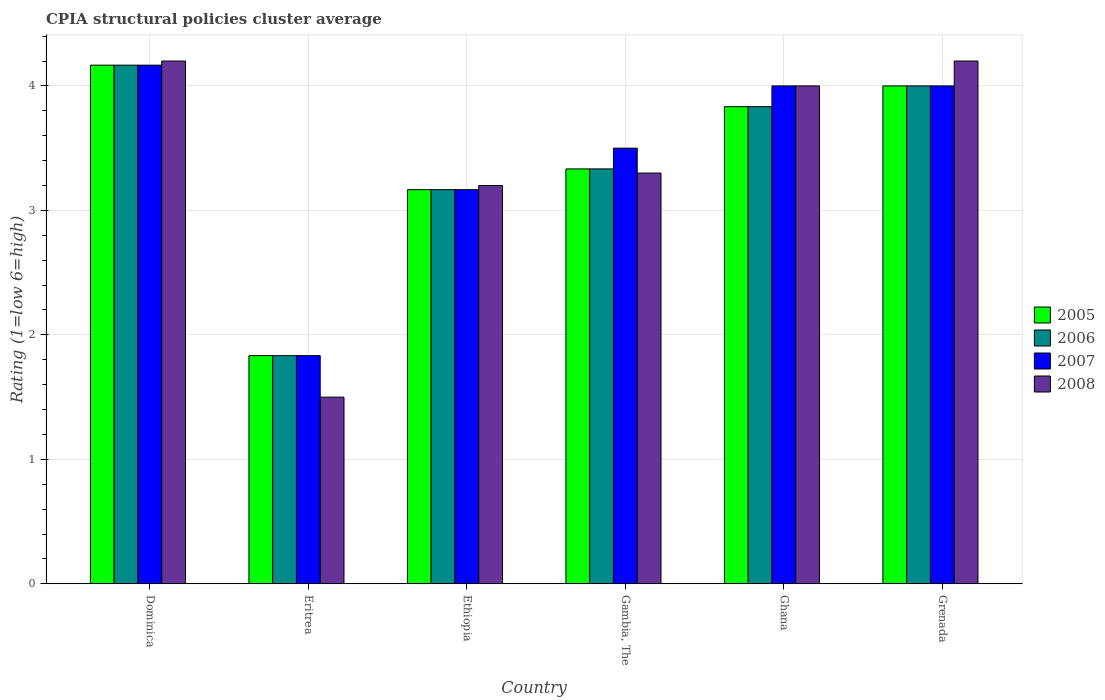
| Country | 2005 | 2006 | 2007 | 2008 |
 | --- | --- | --- | --- | --- |
 | Dominica | 4.17 | 4.17 | 4.17 | 4.2 |
 | Eritrea | 1.83 | 1.83 | 1.83 | 1.5 |
 | Ethiopia | 3.17 | 3.17 | 3.17 | 3.2 |
 | Gambia, The | 3.33 | 3.33 | 3.5 | 3.3 |
 | Ghana | 3.83 | 3.83 | 4 | 4 |
 | Grenada | 4 | 4 | 4 | 4.2 |